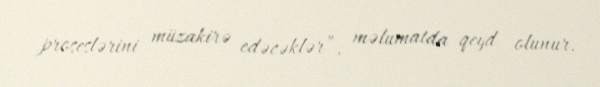
proseslərini müzakirə edəcəklər”, məlumatda qeyd olunur.